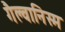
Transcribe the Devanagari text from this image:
गैल्वानिस्म